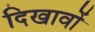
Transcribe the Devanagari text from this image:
दिखावों